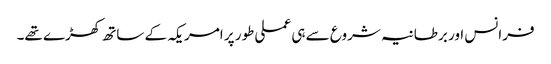
فرانس اور برطانیہ شروع سے ہی عملی طور پر امریکہ کے ساتھ کھڑے تھے۔